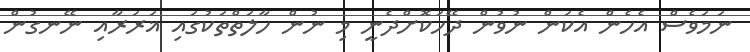
ނަމަވެސް އެހެން އެކަން ނުވުން ދޭހަކޮށްދެނީ މި ނުން ހާލަތްތަކުގައި ޣަރަރާއި ނޭނގުން